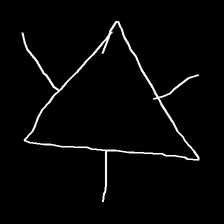
Glyph: fire